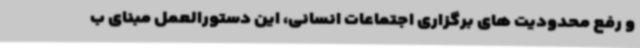
و رفع محدودیت های برگزاری اجتماعات انسانی، این دستورالعمل مبنای ب